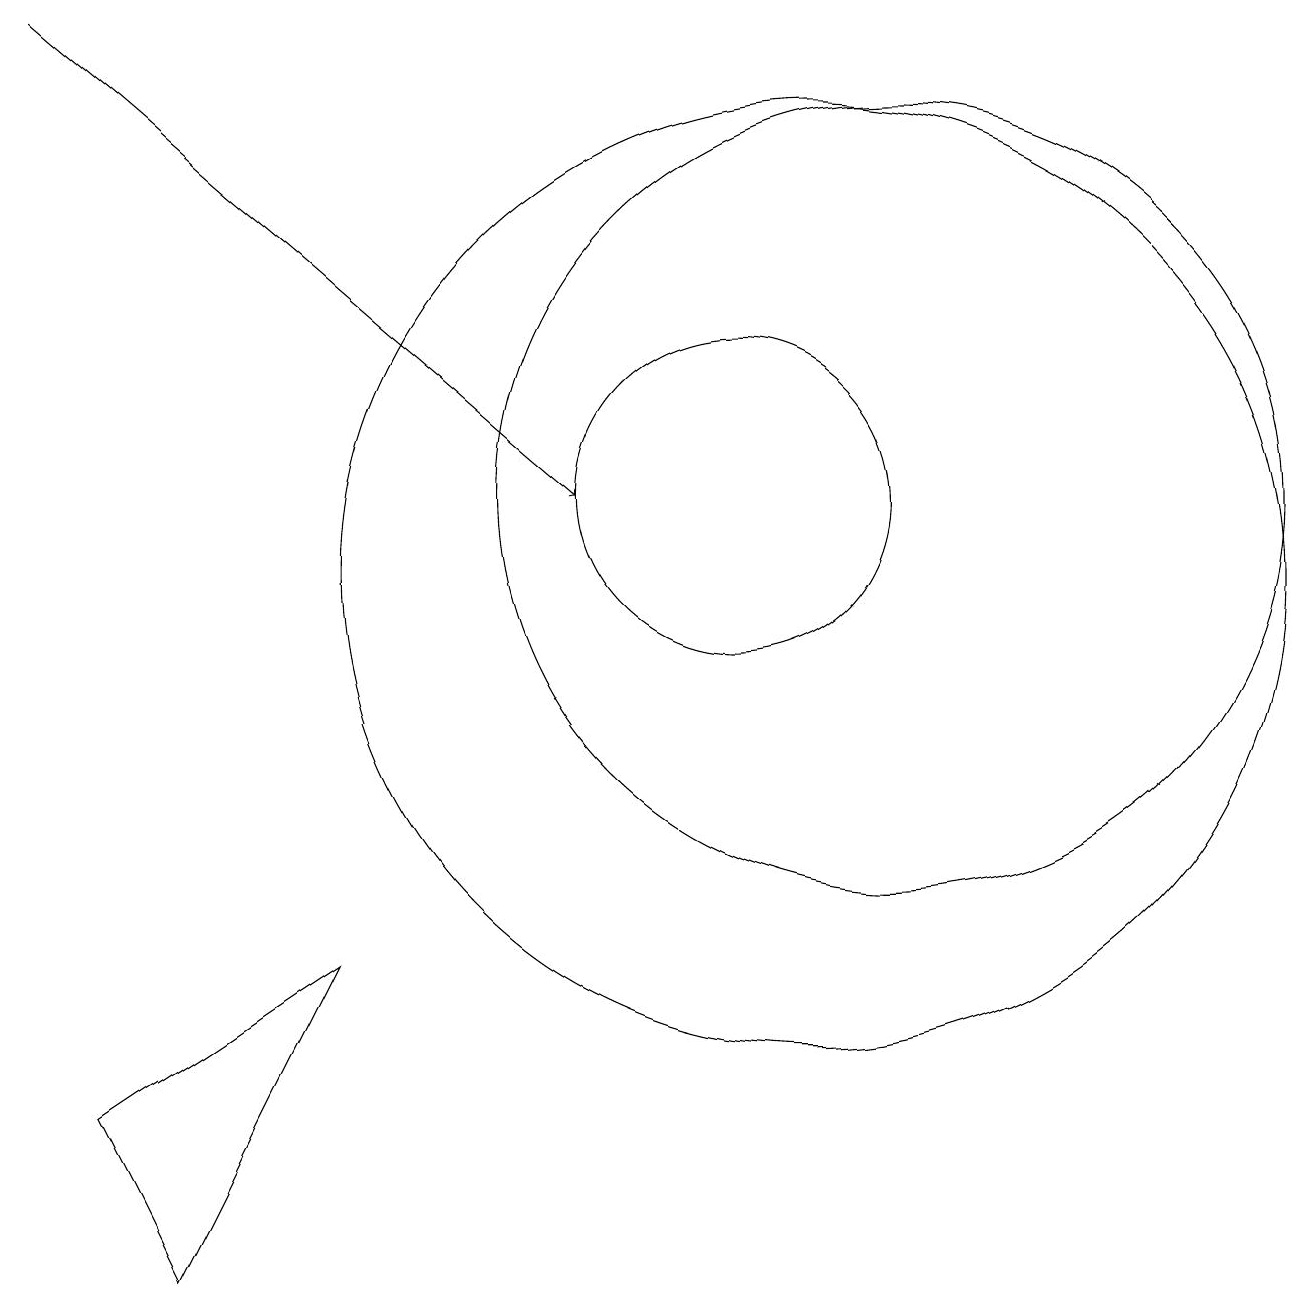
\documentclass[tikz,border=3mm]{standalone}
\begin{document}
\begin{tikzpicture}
\draw (12,11) circle (5);
\draw[->] (1,17) -- (8,11);
\draw (2,3) -- (5,5) -- (3,1) -- cycle;
\draw (10,11) circle (2);
\draw (11,10) circle (6);
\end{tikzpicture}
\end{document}